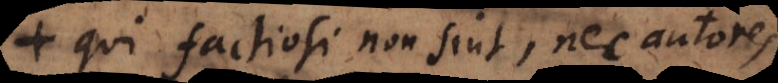
qui factiosi non sint, nec autores